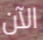
الآن